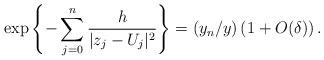
LaTeX: \begin{align*}\exp\left\{ -\sum_{j=0}^n\frac{h}{|z_j-U_j|^2} \right\} = (y_n/y)\left(1+ O(\delta) \right).\end{align*}